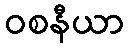
ဝစနီယာ